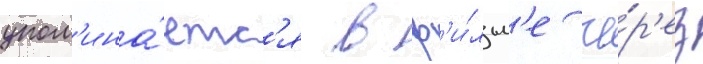
упом'ина́етс'я в ф'и́льм'е че́р'ез